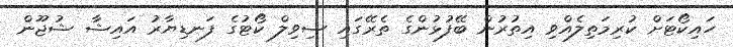
ހައިކޯޓަށް ކުރިމަތިލެއްވި އިތުރުން ބޭފުޅުންގެ ތެރޭގައި ސިވިލް ކޯޓުގެ ފަނޑިޔާރު އައިޝާ ޝުޖޫން